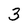
Character: 3